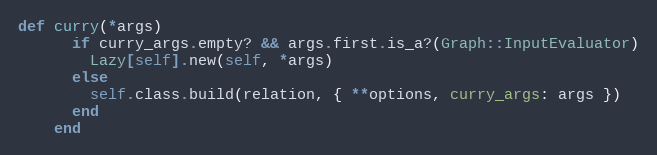
Language: Ruby
def curry(*args)
      if curry_args.empty? && args.first.is_a?(Graph::InputEvaluator)
        Lazy[self].new(self, *args)
      else
        self.class.build(relation, { **options, curry_args: args })
      end
    end